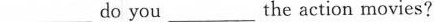
___do you ___the action movies?